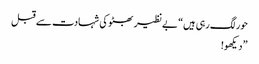
حور لگ رہی ہیں“ بے نظیر بھٹو کی شہادت سے قبل
” دیکھو!